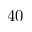
4 0